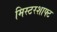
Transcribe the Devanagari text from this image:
मिस्टरशाफ्ट